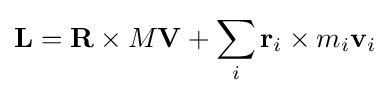
\mathbf {L} =\mathbf {R} \times M\mathbf {V} +\sum _{i}\mathbf {r} _{i}\times m_{i}\mathbf {v} _{i}